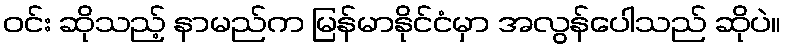
ဝင်း ဆိုသည့် နာမည်က မြန်မာနိုင်ငံမှာ အလွန်ပေါသည် ဆိုပဲ။